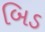
બિડ